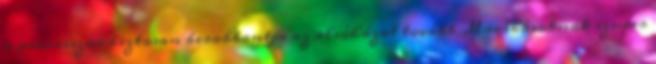
a processzor biztosan berobbantja az alsóházat tovább Macskásoknak szuper